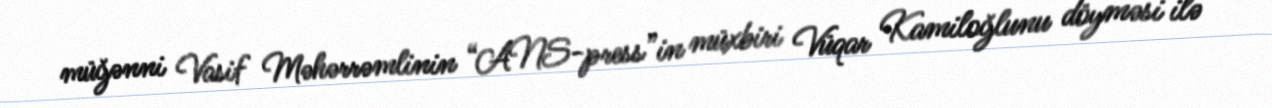
müğənni Vasif Məhərrəmlinin “ANS-press”in müxbiri Vüqar Kamiloğlunu döyməsi ilə